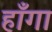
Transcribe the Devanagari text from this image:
हाँगा